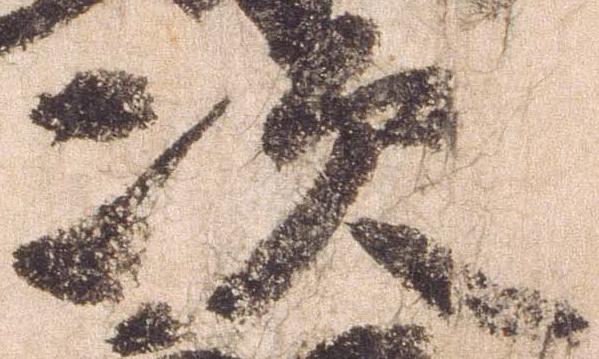
次